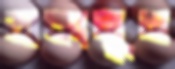
ডাকালুম